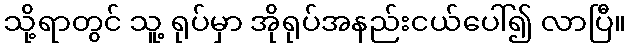
သို့ရာတွင် သူ့ ရုပ်မှာ အိုရုပ်အနည်းငယ်ပေါ်၍ လာပြီ။